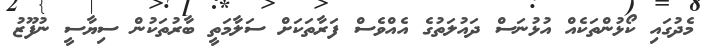
މެދުގައި ކޯޅުންތަކެއް އުޅުނަސް ދައުލަތުގެ އެއްވެސް ފަރާތަކަށް ސަލާމަތީ ބާރުތަކުން ސިޔާސީ ނުފޫޒު